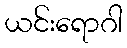
ယင်းရောဂါ